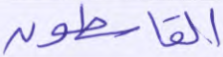
القاسطون